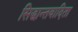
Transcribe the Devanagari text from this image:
सिद्धान्तवादिता